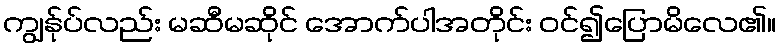
ကျွန်ုပ်လည်း မဆီမဆိုင် အောက်ပါအတိုင်း ဝင်၍ပြောမိလေ၏။